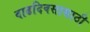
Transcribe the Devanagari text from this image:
वाढदिवसासाठी